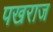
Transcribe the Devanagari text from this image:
पखराज